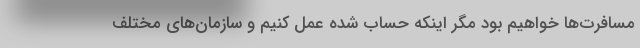
مسافرت‌ها خواهیم بود مگر اینکه حساب شده عمل کنیم و سازمان‌های مختلف